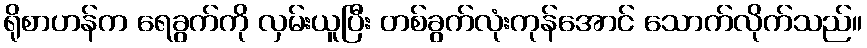
ရိုစာဟန်က ရေခွက်ကို လှမ်းယူပြီး တစ်ခွက်လုံးကုန်အောင် သောက်လိုက်သည်။